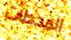
المحطات